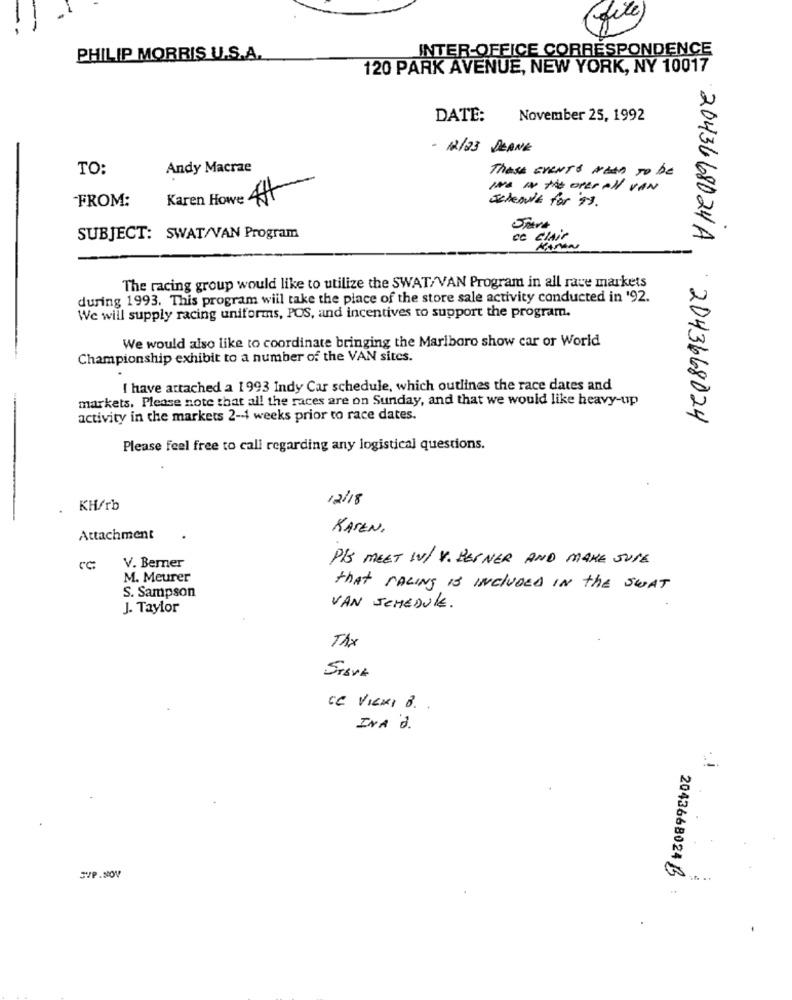
file
INTER-OFFICE CORRESPONDENCE
PHILIP MORRIS U.S.A.
120 PARK AVENUE, NEW YORK, NY 10017
DATE:
November 25, 1992
- 12/23 DEANE
TO:
Andy Macrae
These EVENTS NEED To be
INS IN the OPERAN VAN
FROM:
Karen Howe Aff
Jelenik for 9%.
SUBJECT: SWAT/VAN Program
ce clair
KAMAN
The racing group would like to utilize the SWAT/VAN Program in all race markets
during 1993. This program will take the place of the store sale activity conducted in '92.
We will supply racing uniforms, POS, and incentives to support the program.
We would also like to coordinate bringing the Marlboro show car or World
Championship exhibit to a number of the VAN sites.
.
I have attached a 1993 Indy Car schedule, which outlines the race dates and
markets. Please note that all the races are on Sunday, and that we would like heavy-up
activity in the markets 2-1 weeks prior to race dates.
2043668024A , 2043668024
Please feel free to call regarding any logistical questions.
12/18
KH/rb
KASEN.
Attachment
PIS MEET IV/ V. BESNER AND MAKE SURE
CC:
V. Berner
M. Meurer
that RACING IS INCLUDED IN the SWAT
S. Sampson
J. Taylor
VAN SCHEDULE.
TAX
CC VIENI 8 ..
INA 'S.
SVP .NOV
2043668024 B